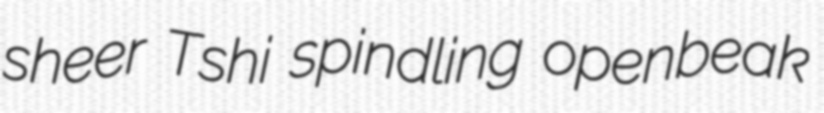
sheer Tshi spindling openbeak